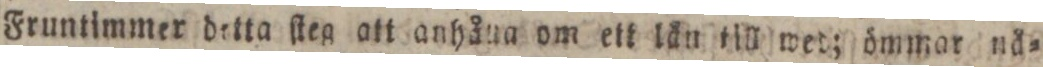
Fruntimmer detta ſteg att anhåna om ett län till wed; ömmar nå=